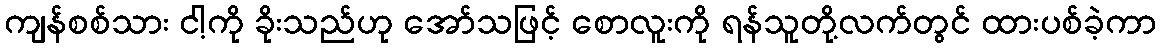
ကျန်စစ်သား ငါ့ကို ခိုးသည်ဟု အော်သဖြင့် စောလူးကို ရန်သူတို့လက်တွင် ထားပစ်ခဲ့ကာ